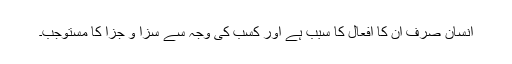
انسان صرف ان کا افعال کا سبب ہے اور کسب کی وجہ سے سزا و جزا کا مستوجب۔